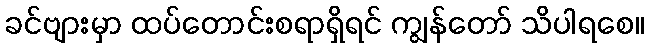
ခင်ဗျားမှာ ထပ်တောင်းစရာရှိရင် ကျွန်တော် သိပါရစေ။